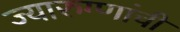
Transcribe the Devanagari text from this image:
ज्यारुग्णांची